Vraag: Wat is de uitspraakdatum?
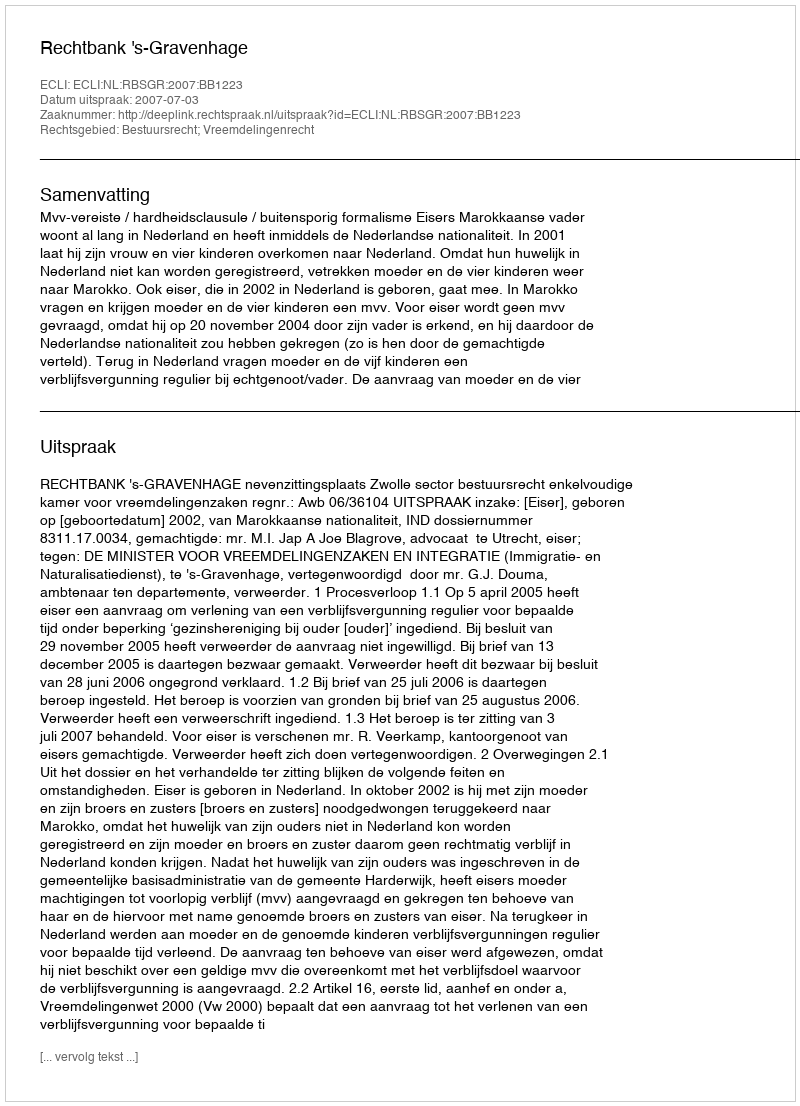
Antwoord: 2007-07-03